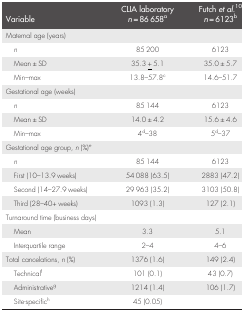
<table><thead><tr><td><b>Variable</b></td><td><b>CLIA laboratory <i>n</i> = 86 658a</b></td><td><b>Futch <i>et al</i>.10<i>n</i> = 6123b</b></td></tr></thead><tbody><tr><td>Maternal age (years)</td><td></td><td></td></tr><tr><td><i>n</i></td><td>85 200</td><td>6123</td></tr><tr><td>Mean ± SD</td><td>35.3 <underline>+</underline> 5.1</td><td>35.0 ± 5.7</td></tr><tr><td>Min–max</td><td>13.8–57.8c</td><td>14.6–51.7</td></tr><tr><td>Gestational age (weeks)</td><td></td><td></td></tr><tr><td><i>n</i></td><td>85 144</td><td>6123</td></tr><tr><td>Mean ± SD</td><td>14.0 ± 4.2</td><td>15.6 ± 4.6</td></tr><tr><td>Min–max</td><td>4d–38</td><td>5d–37</td></tr><tr><td>Gestational age group, <i>n</i> (%)e</td><td></td><td></td></tr><tr><td><i>n</i></td><td>85 144</td><td>6123</td></tr><tr><td>First (10–13.9 weeks)</td><td>54 088 (63.5)</td><td>2883 (47.2)</td></tr><tr><td>Second (14–27.9 weeks)</td><td>29 963 (35.2)</td><td>3103 (50.8)</td></tr><tr><td>Third (28–40+ weeks)</td><td>1093 (1.3)</td><td>127 (2.1)</td></tr><tr><td>Turnaround time (business days)</td><td></td><td></td></tr><tr><td>Mean</td><td>3.3</td><td>5.1</td></tr><tr><td>Interquartile range</td><td>2–4</td><td>4–6</td></tr><tr><td>Total cancelations, <i>n</i> (%)</td><td>1376 (1.6)</td><td>149 (2.4)</td></tr><tr><td>Technicalf</td><td>101 (0.1)</td><td>43 (0.7)</td></tr><tr><td>Administrativeg</td><td>1214 (1.4)</td><td>106 (1.7)</td></tr><tr><td>Site‐specifich</td><td>45 (0.05)</td><td></td></tr></tbody></table>